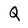
Character: Q